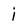
Character: i